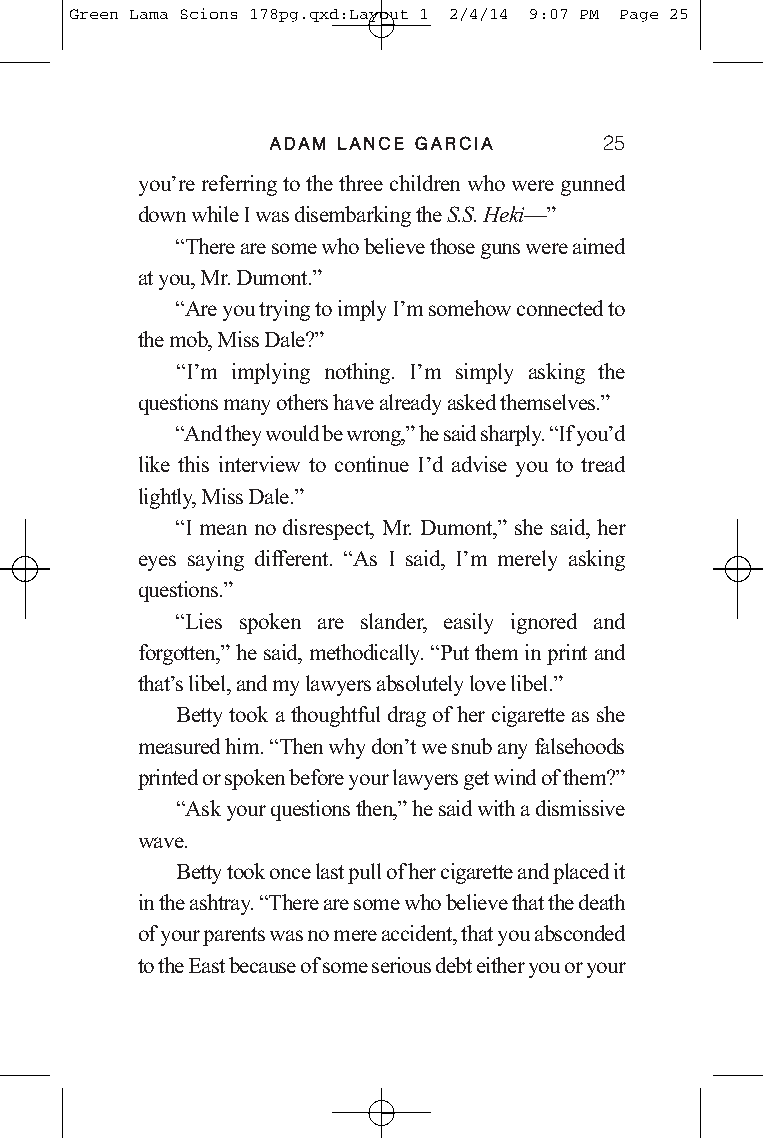
Green Lama Scions 178pg.qxd:Layout 1 2/4/14 9:07 PM Page 25
 AADDAAMM LLAANNCCEE GGAARRCCIIAA 25
 you’re referring to the three children who were gunned
 down while I was disembarking the S.S. Heki—”
 “There are some who believe those guns were aimed
 at you, Mr. Dumont.”
 “Are you trying to imply I’m somehow connected to
 the mob, Miss Dale?”
 “I’m implying nothing. I’m simply asking the
 questions many others have already asked themselves.”
 “And they would be wrong,”he said sharply. “If you’d
 like this interview to continue I’d advise you to tread
 lightly, Miss Dale.”
 “I mean no disrespect, Mr. Dumont,” she said, her
 eyes saying different. “As I said, I’m merely asking
 questions.”
 “Lies spoken are slander, easily ignored and
 forgotten,”he said, methodically. “Put them in print and
 that’s libel, and mylawyers absolutely love libel.”
 Betty took a thoughtful drag of her cigarette as she
 measured him. “Then why don’t we snub any falsehoods
 printed or spoken before your lawyers get wind of them?”
 “Ask your questions then,”he said with a dismissive
 wave.
 Betty took once last pull of her cigarette and placed it
 in the ashtray. “There are some who believe that the death
 of your parents was no mere accident, that you absconded
 to the East because of some serious debt either you or your